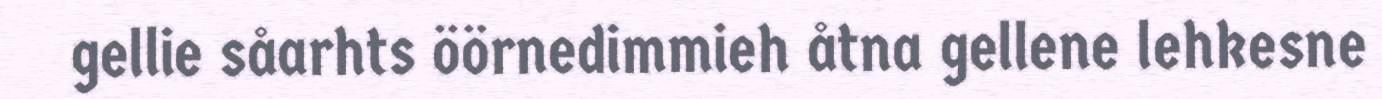
gellie såarhts öörnedimmieh åtna gellene lehkesne